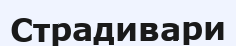
Страдивари